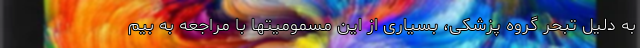
به دلیل تبحر گروه پزشکی، بسیاری از این مسمومیتها با مراجعه به بیم